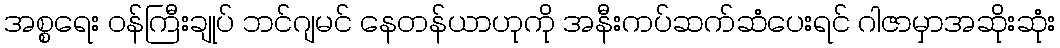
အစ္စရေး ဝန်ကြီးချုပ် ဘင်ဂျမင် နေတန်ယာဟုကို အနီးကပ်ဆက်ဆံပေးရင် ဂါဇာမှာအဆိုးဆုံး